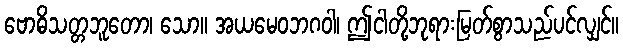
ဗောဓိသတ္တဘူတော၊ သော။ အယမေဝဘဂဝါ၊ ဤငါတို့ဘုရားမြတ်စွာသည်ပင်လျှင်။